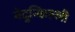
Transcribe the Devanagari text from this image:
नेदुन्किल्ली